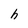
Character: h